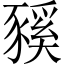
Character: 豯